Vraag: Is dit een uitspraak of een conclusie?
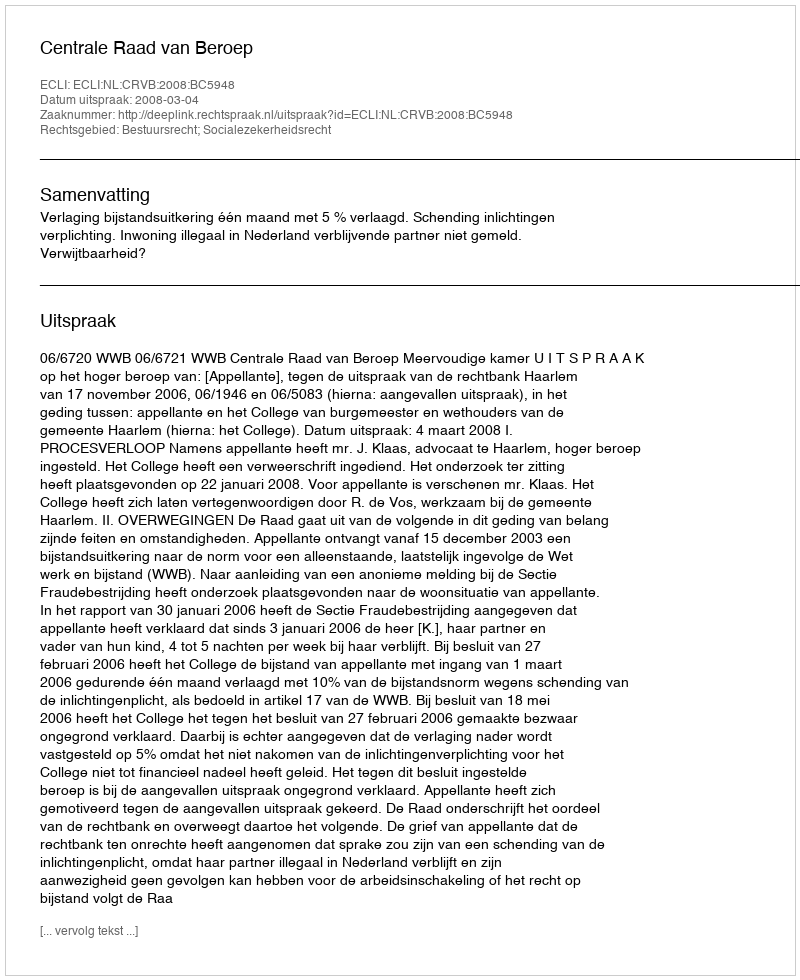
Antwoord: Uitspraak